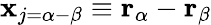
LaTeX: \mathbf{x}_{j=\alpha-\beta}\equiv\mathbf{r}_{\alpha}-\mathbf{r}_{\beta}